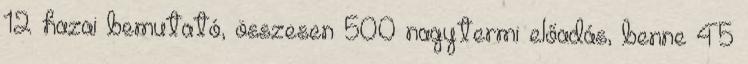
12 hazai bemutató, összesen 500 nagytermi előadás, benne 45